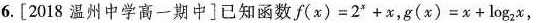
6.[2018温州中学高一期中]已知函数$$f ( x ) = 2 ^ { x } + x$$，$$g ( x ) = x + log _ { 2 } x$$，